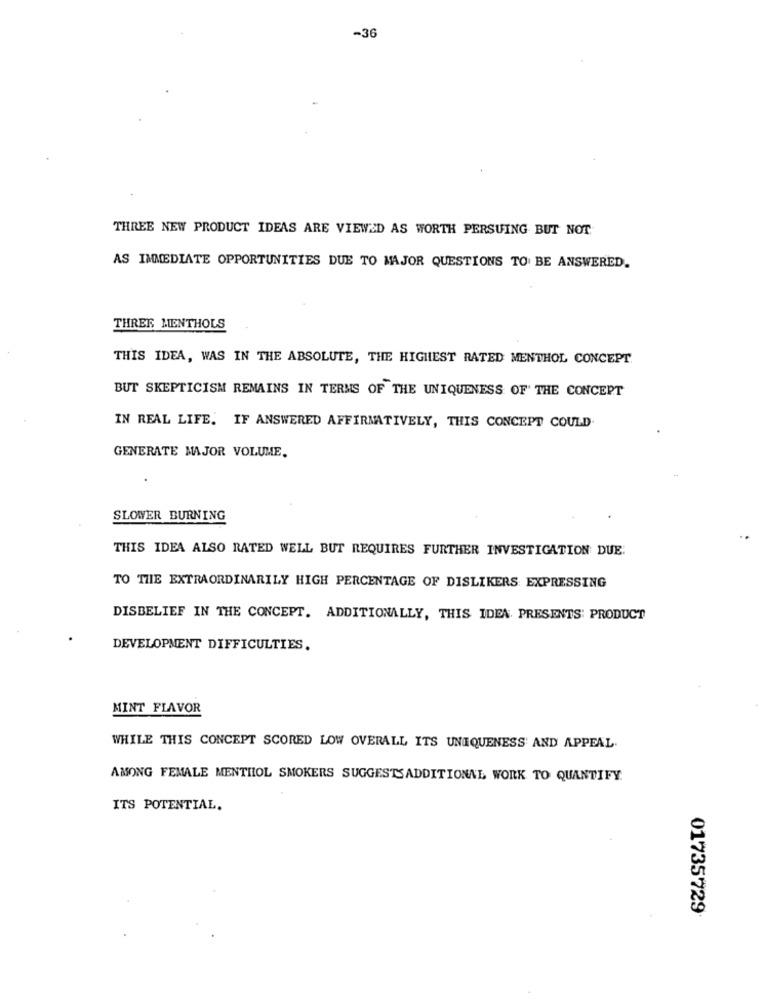
-36
THREE NEW PRODUCT IDEAS ARE VIEWED AS WORTH PERSUING BUT NOT.
AS IMMEDIATE OPPORTUNITIES DUE TO MAJOR QUESTIONS TO BE ANSWERED.
THREE MENTHOLS
THIS IDEA, WAS IN THE ABSOLUTE, THE HIGHEST RATED MENTHOL CONCEPT.
BUT SKEPTICISM REMAINS IN TERMS OF THE UNIQUENESS OF THE CONCEPT
IN REAL LIFE. IF ANSWERED AFFIRMATIVELY, THIS CONCEPT COULD.
GENERATE MAJOR VOLUME.
SLOWER BURNING
THIS IDEA ALSO RATED WELL BUT REQUIRES FURTHER INVESTIGATION DUE.
TO THE EXTRAORDINARILY HIGH PERCENTAGE OF DISLIKERS EXPRESSING
DISBELIEF IN THE CONCEPT. ADDITIONALLY, THIS IDEA. PRESENTS: PRODUCT
DEVELOPMENT DIFFICULTIES.
MINT FLAVOR
WHILE THIS CONCEPT SCORED LOW OVERALL ITS UNIQUENESS' AND APPEAL.
AMONG FEMALE MENTHOL SMOKERS SUGGESTSADDITIONAL WORK TO QUANTIFY
ITS POTENTIAL.
01735729